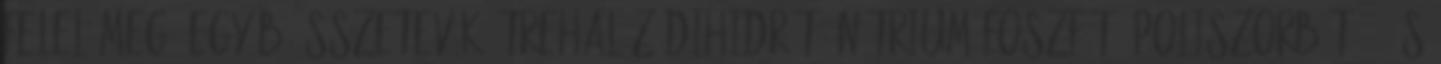
felel meg. Egyéb összetevők: trehalóz-dihidrát, nátrium-foszfát, poliszorbát 20 és